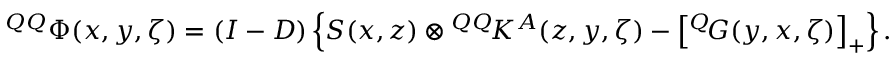
{ ^ { Q Q } { \mit \Phi } } ( x , y , \zeta ) = ( { \cal I } - { \cal D } ) \left\{ S ( x , z ) \otimes { ^ { Q Q } \! K ^ { A } } ( z , y , \zeta ) - \left[ { ^ { Q } \! G } ( y , x , \zeta ) \right] _ { + } \right\} .